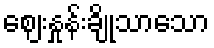
ဈေးနှုန်းချိုသာသော